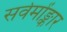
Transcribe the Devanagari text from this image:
सर्वमोंङ्कार